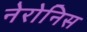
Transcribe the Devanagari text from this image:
नेरोनिस